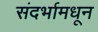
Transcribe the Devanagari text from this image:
संदर्भामधून